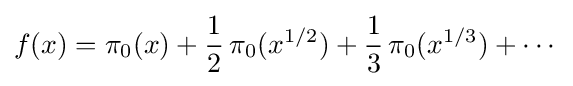
f(x)=\pi _{0}(x)+{\frac {1}{2}}\,\pi _{0}(x^{1/2})+{\frac {1}{3}}\,\pi _{0}(x^{1/3})+\cdots